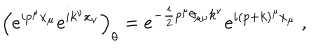
\left( e ^ { i p ^ { \mu } x _ { \mu } } e ^ { i k ^ { \nu } x _ { \nu } } \right) _ { \theta } = e ^ { - \frac { i } { 2 } p ^ { \mu } \theta _ { \mu \nu } k ^ { \nu } } e ^ { i ( p + k ) ^ { \mu } x _ { \mu } } ~ ,